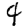
Digit: 4